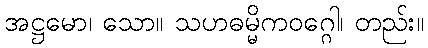
အဋ္ဌမော၊ သော။ သဟဓမ္မိကဝဂ္ဂေါ၊ တည်း။